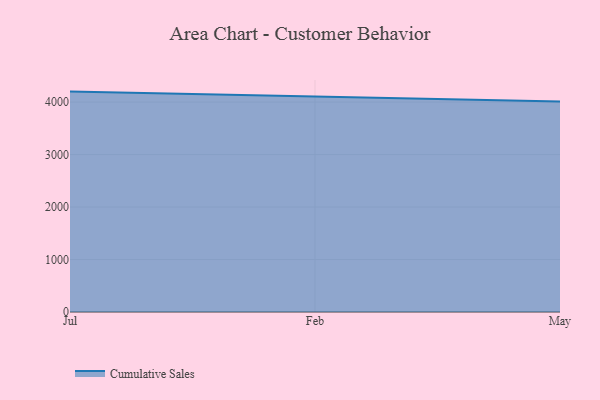
{"axis": {"x": "Month", "y": "Demand Index"}, "legend": ["Cumulative Sales"], "data": [{"x": "Jul", "y": 4199.9, "type": "Cumulative Sales"}, {"x": "Feb", "y": 4113.5, "type": "Cumulative Sales"}, {"x": "May", "y": 4013.4, "type": "Cumulative Sales"}]}